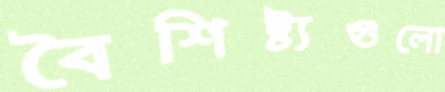
বৈশিষ্ট্যগুলো